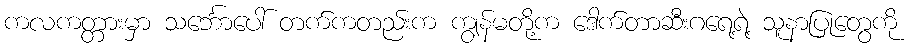
ကလကတ္တားမှာ သင်္ဘောပေါ် တက်ကတည်းက ကျွန်မတို့က ဒေါက်တာဆီးဂရေ့ရဲ့ သူနာပြုတွေကို